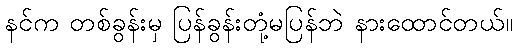
နင်က တစ်ခွန်းမှ ပြန်ခွန်းတုံ့မပြန်ဘဲ နားထောင်တယ်။